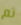
ثم